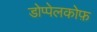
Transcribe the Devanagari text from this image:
डोप्पेलकोफ़